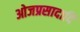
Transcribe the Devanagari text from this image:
ओजप्रसादादि